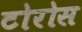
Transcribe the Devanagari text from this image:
टोरोस